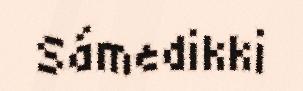
Sámedikki